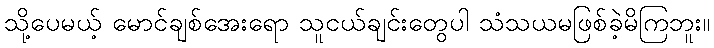
သို့ပေမယ့် မောင်ချစ်အေးရော သူငယ်ချင်းတွေပါ သံသယမဖြစ်ခဲ့မိကြဘူး။